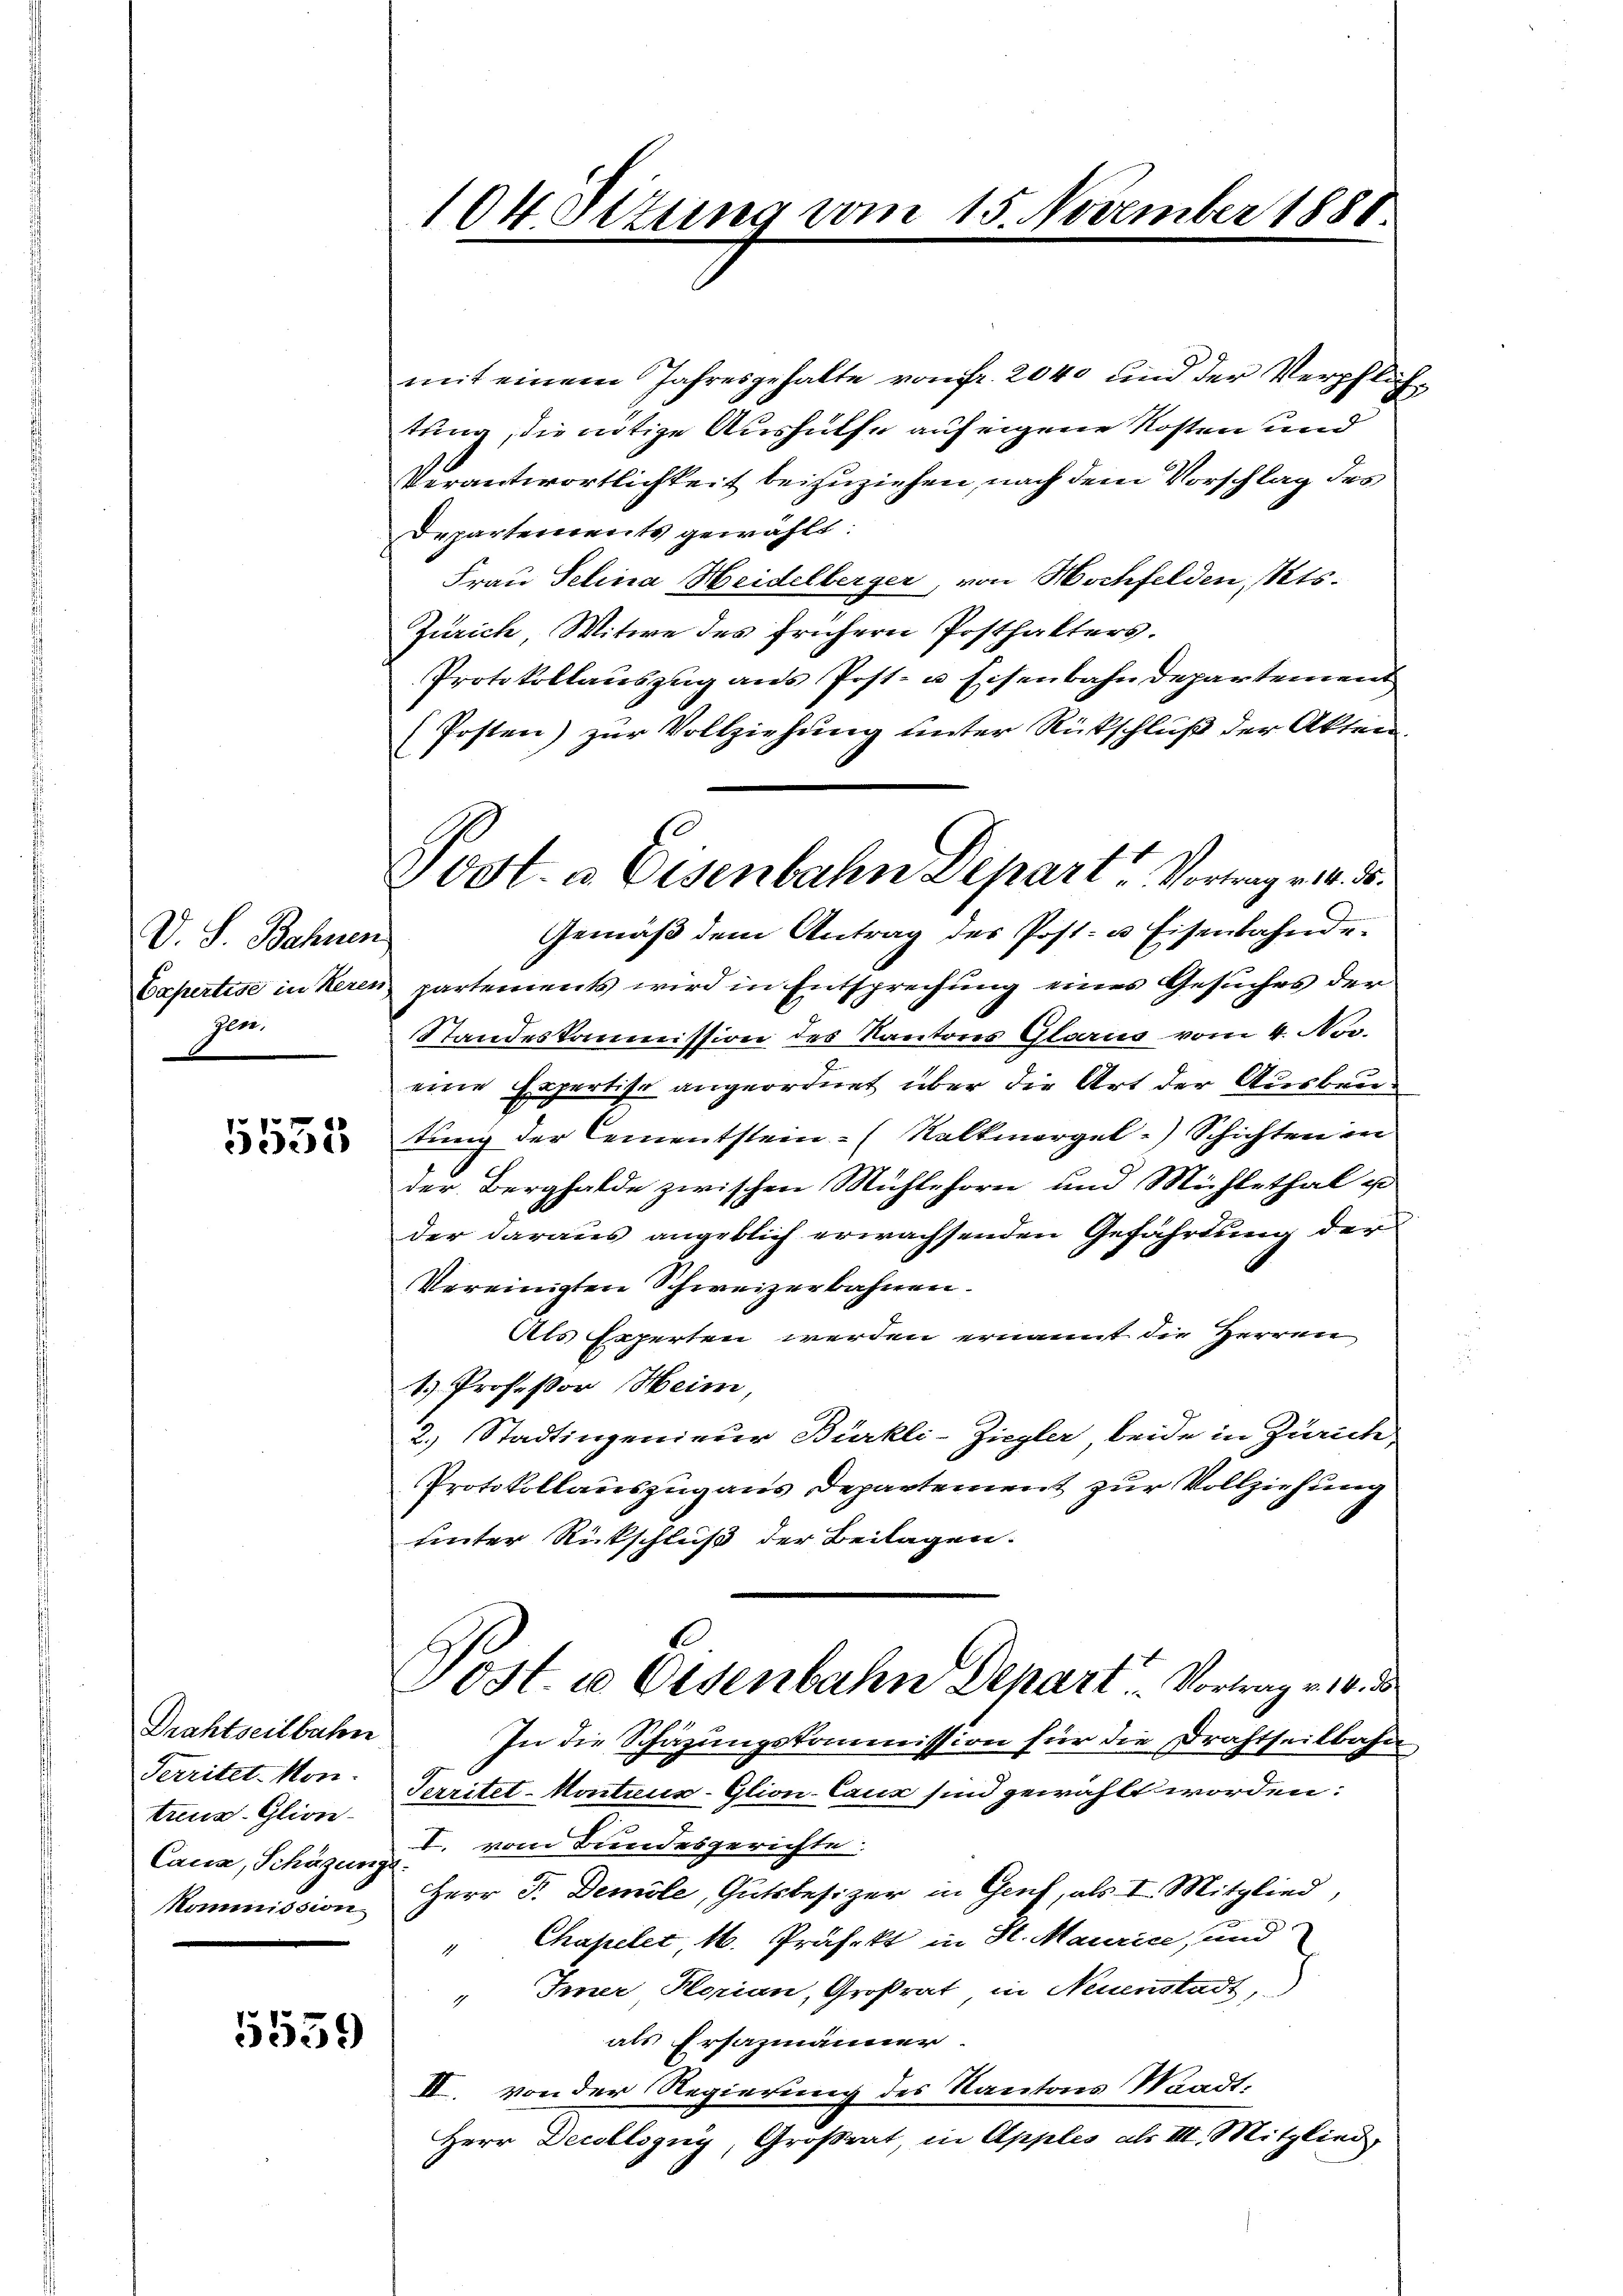
D. S. Bahnen
Capertise in Keren
Ger.

f 0 x
1

Drahtseitbahn
Territet-Mon.
treus. Glion
Caua, Schägunge
Kommission

5559

104 Situng vom

Vodt. a. Eisenbahn Depart Vortrag v. M. D.

mit einem Jahresgehalte von fr. 2040 und der Verpfliche
tung, die nötige Aushülfe auf eigene Kosten und
Verantwortlichkeit beizuziehen, nach dem Vorschlag des
Departements gewählt:
Frau Selina Heidelberger, von Hochfelden, Kts.
Zürich, Mitwe des frühere Posthalters.
Protokollauszug aus Post- u Eisenbahndepartement
(Posten) zur Vollziehung unter Rückschluß der Akten
Gemäβ dem Antrag des Post- u. Eisenbahnde
partements wird in Entsprechung eines Gesuches der
Standeskommission des Kantons Glarus vom 4. No.
eine Expertise angeordnet über die Art der Ausbrutung der Cementstein- (Kalkmargel-) Schichten in
der Berghalde zwischen Mühlehorn und Mühlethal u
der daraus angeblich erwachsenden Gefährdung der
Vereinigten Schweizerbahnen.
Als Experten werden ernannt die Herren
1.) Professor Heim,
2.) Stadtingenieur Bürkli-Ziegler beide in Zürich
Protokollauszug aus Departement zur Vollziehung
uinter Rückschluß der Beilagen.
Post u Oedenbahn Depart Vortrag v. 10. d
In die Schazungskommission für die Drahtseitbahn
Territet-Montius-Glion-Caux sind gewählt worden:
I. vom Bundesgerichte
Herr P. Demole, Gutsbesizer in Genf, als I. Mitglied,
" Chapelet M. Präfekt in St. Maurice, und
Iiner Horian, Großrat in Neuenstadt,
1
als Ersazmänner
II. von der Regierung des Kantons Waadt:
Herr Decollsgny, Großrat, in Apples als III. Mitglied

15. November 1880.